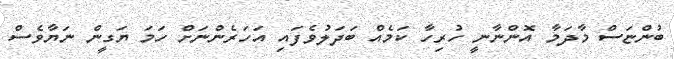
ބުންޏަސް މާދަމާ އޮންނާނީ ހުރިހާ ކަމެއް ބަދަލުވެފައި އަހަރެންނަށް ހަމަ ޔަގީން ނަޔާވެސް